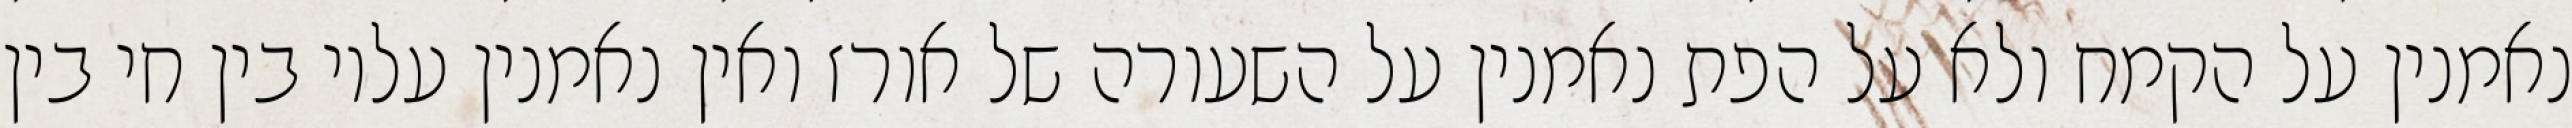
נאמנין על הקמח ולא על הפת נאמנין על השעורה של אורז ואין נאמנין עליו בין חי בין